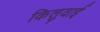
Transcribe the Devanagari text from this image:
किलुवाई